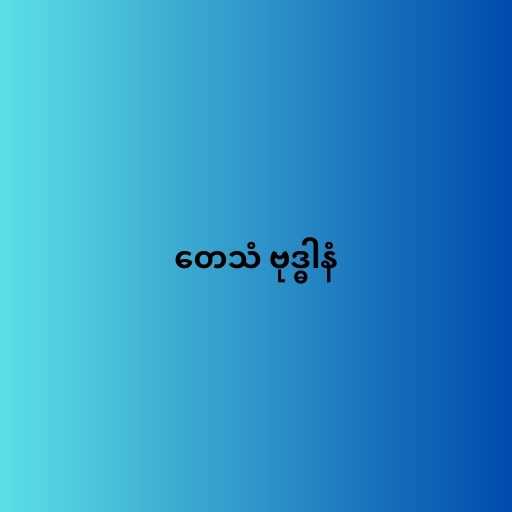
တေသံ ဗုဒ္ဓါနံ